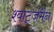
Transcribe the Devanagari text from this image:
श्वार्ट्जमैन